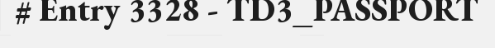
# Entry 3328 - TD3_PASSPORT